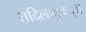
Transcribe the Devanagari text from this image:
तदिलावृतम्॥